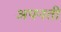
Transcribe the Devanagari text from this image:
अपनती